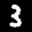
Label: 3